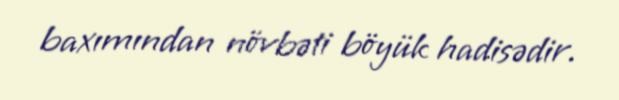
baxımından növbəti böyük hadisədir.